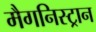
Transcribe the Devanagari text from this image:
मैगनिस्ट्रान